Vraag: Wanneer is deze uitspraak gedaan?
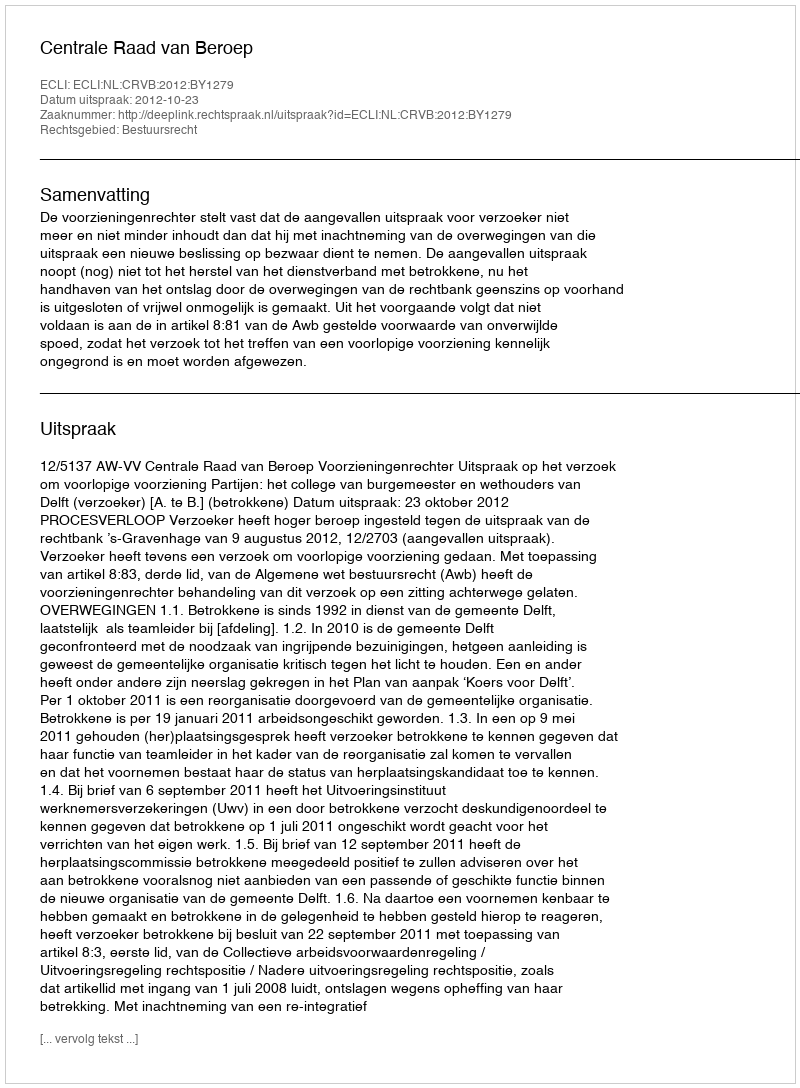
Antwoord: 2012-10-23